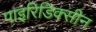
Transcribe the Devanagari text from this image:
पाइरिडिक्सीन